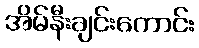
အိမ်နီးချင်းကောင်း